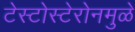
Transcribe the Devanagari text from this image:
टेस्टोस्टेरोनमुळे